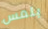
بلمس